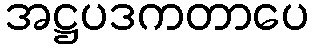
အဋ္ဌပဒကတာပေ